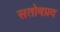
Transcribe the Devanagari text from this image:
सतोषप्रद